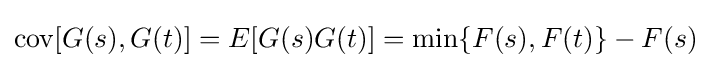
\operatorname {cov} [G(s),G(t)]=E[G(s)G(t)]=\min\{F(s),F(t)\}-F(s)